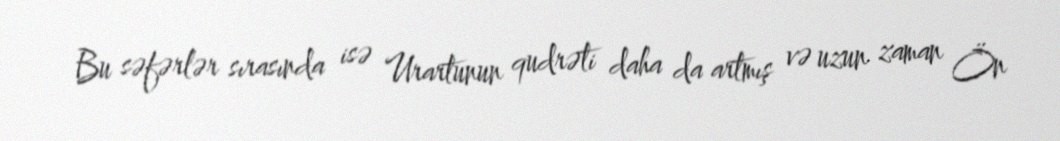
Bu səfərlər sırasında isə Urartunun qudrəti daha da artmış və uzun zaman Ön